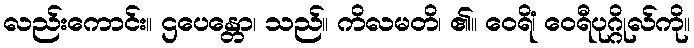
လည်းကောင်း။ ဌပေန္တော၊ သည်။ ကိလမတိ၊ ၏။ ဝေရိံ၊ ဝေရီပုဂ္ဂိုလ်ကို။